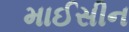
માઈસીન